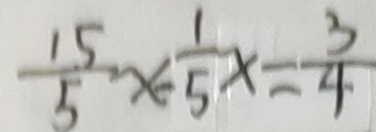
\frac { 1 5 } { 5 } x - \frac { 1 } { 5 } x = \frac { 3 } { 4 }